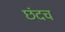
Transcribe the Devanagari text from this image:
छंदच